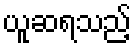
ယူဆရသည့်